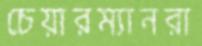
চেয়ারম্যানরা